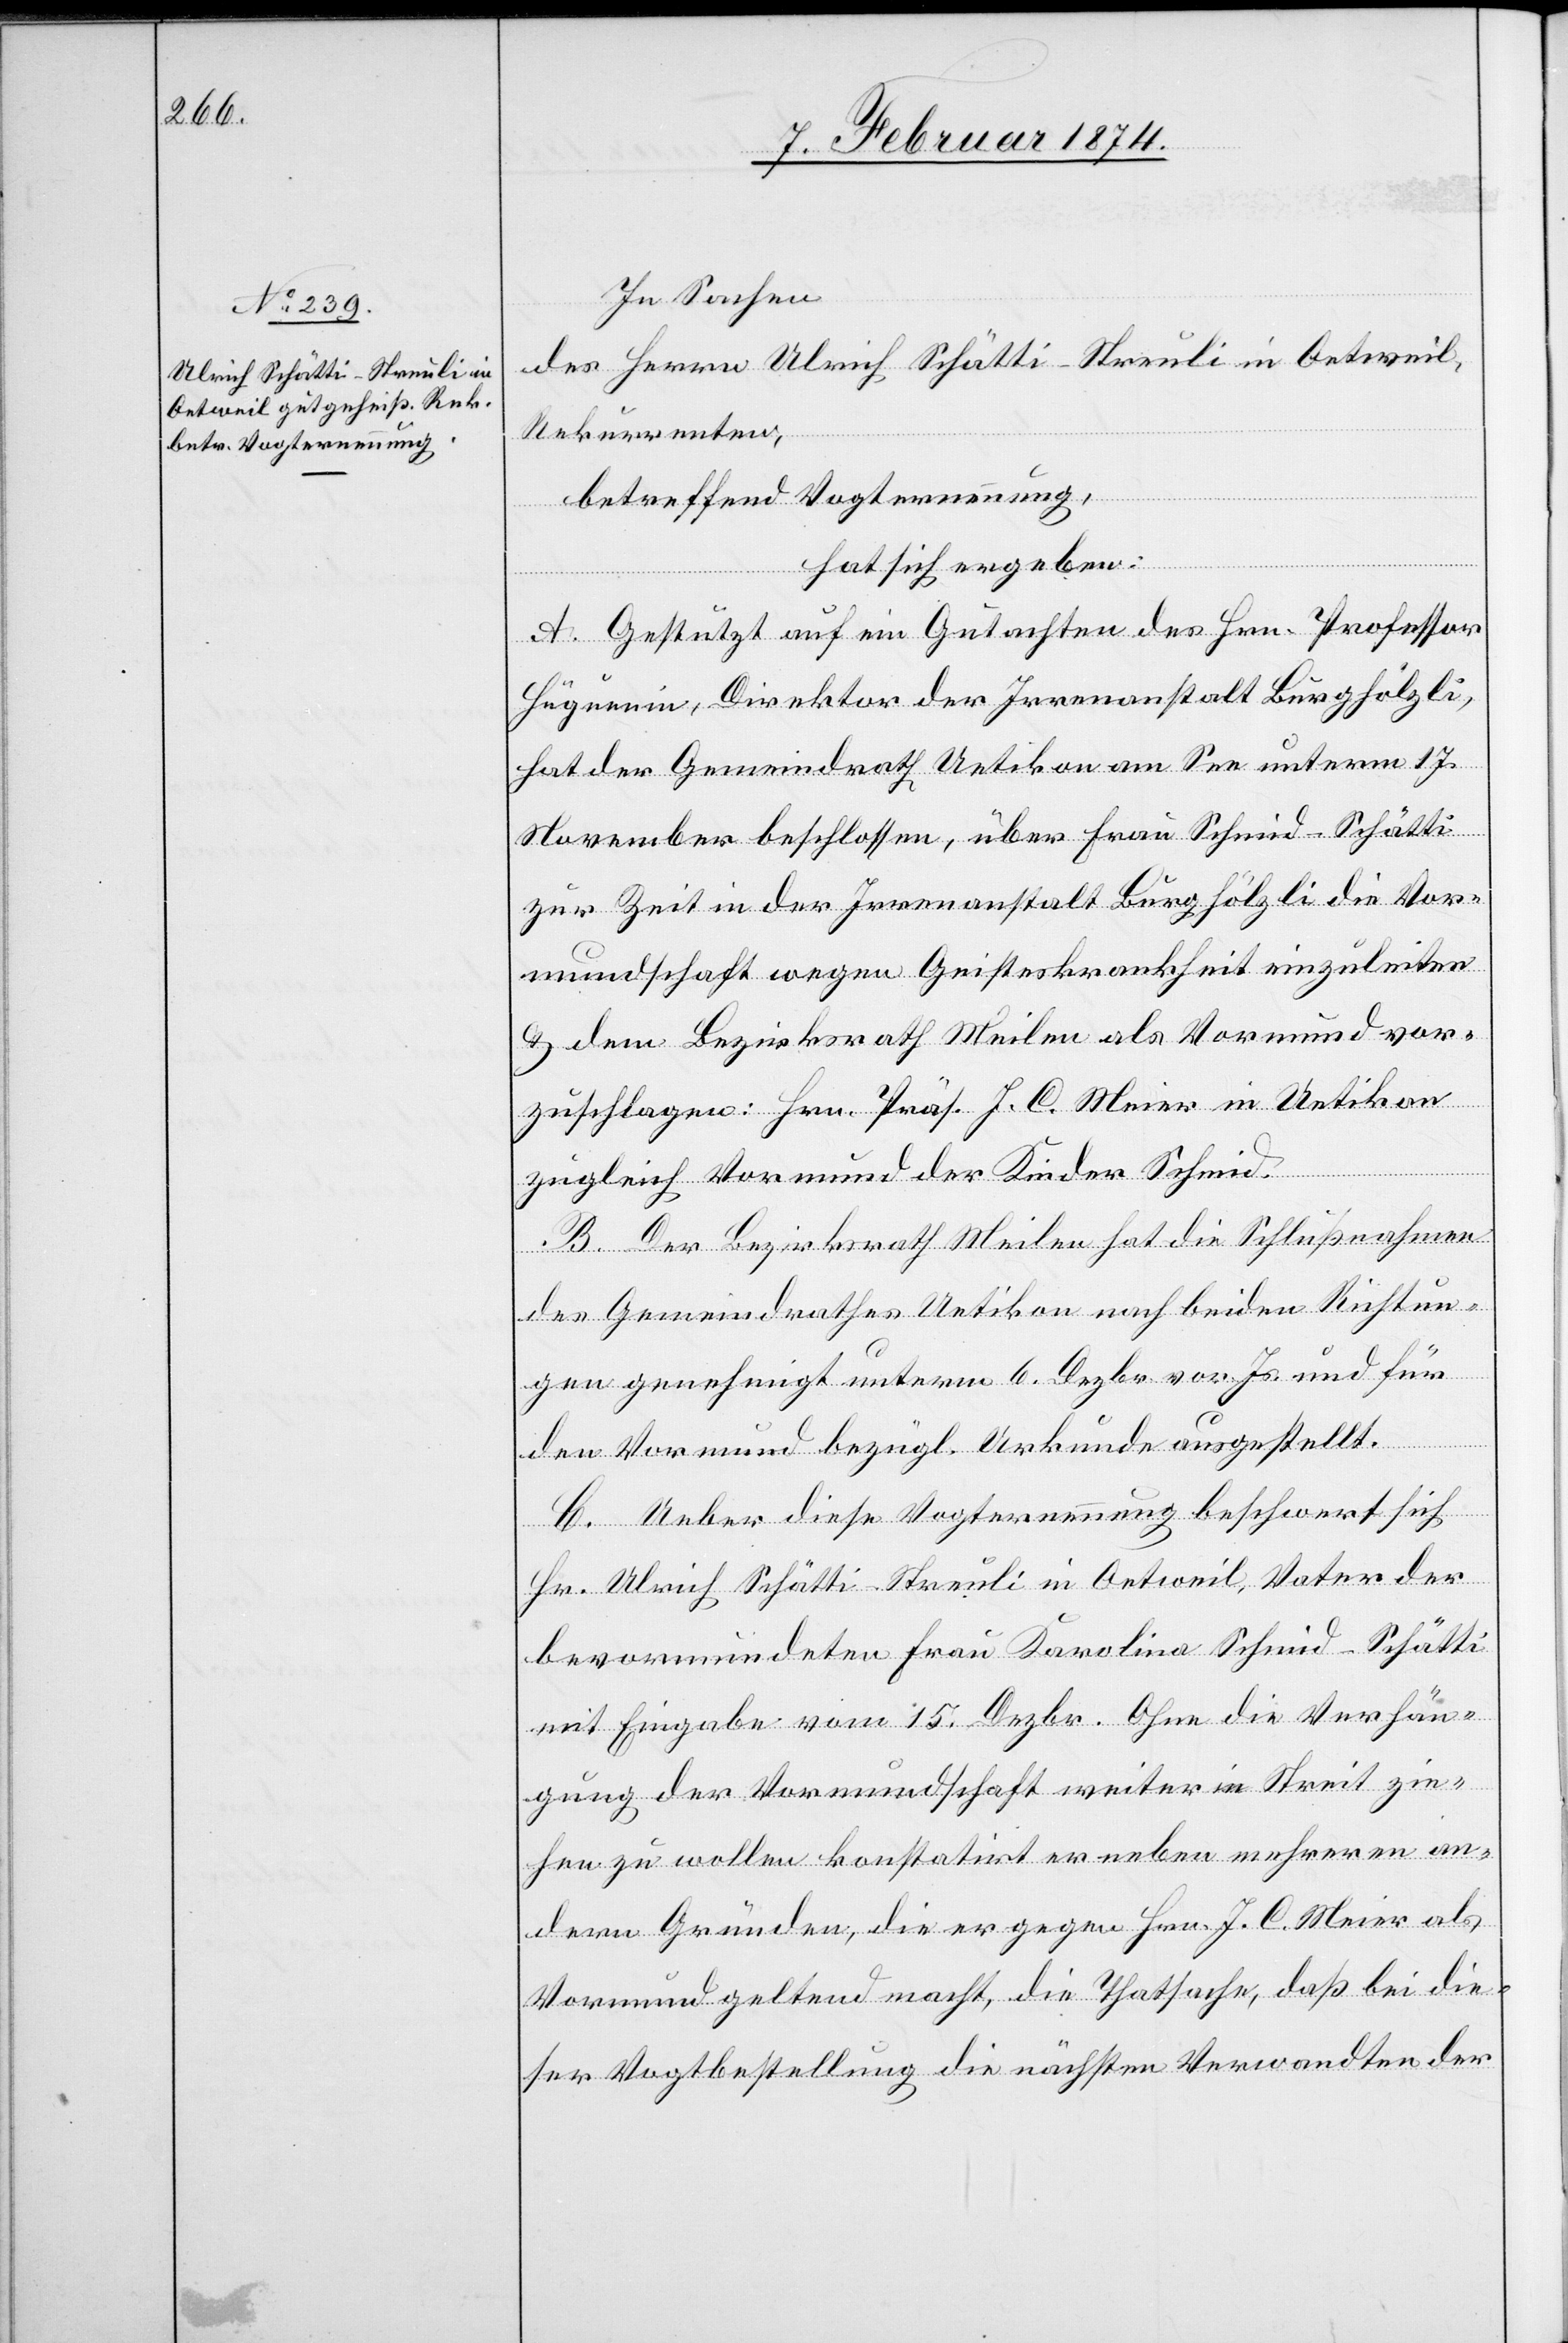
In Sachen
des Herrn Ulrich Schätti-Streuli in Oetweil,
Rekurrenten,
betreffend Vogternennung,
hat sich ergeben:
A. Gestützt auf ein Gutachten des Hrn. Professor
Huguenin, Direktor der Irrenanstalt Burghölzli,
hat der Gemeindrath Uetikon am See unterm 17.
November beschlossen, über Frau Schmid-Schätti
zur Zeit in der Irrenanstalt Burghölzli die Vor¬
mundschaft wegen Geisteskrankheit einzuleiten
u. dem Bezirksrath Meilen als Vormund vor¬
zuschlagen: Hrn. Präs. J. C. Meier in Uetikon
zugleich Vormund der Kinder Schmid.
B. Der Bezirksrath Meilen hat die Schlußnahme
des Gemeindrathes Uetikon nach beiden Richtun¬
gen genehmigt unterm 6. Dezbr. vor. Js. und für
den Vormund bezügl. Urkunde ausgestellt.
C. Ueber diese Vogternennung beschwert sich
Hr. Ulrich Schätti-Streuli in Oetweil, Vater der
bevormundeten Frau Karolina Schmid-Schätti
mit Eingabe vom 15. Dezbr. Ohne die Verhän¬
gung der Vormundschaft weiter in Streit zie¬
hen zu wollen konstatirt er neben mehrerer an¬
dern Gründen, die er gegen Hrn. J. C. Meier als
Vormund geltend macht, die Thatsache, daß bei die¬
ser Vogtbestellung die nächsten Verwandten der